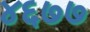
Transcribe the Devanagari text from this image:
४६७७